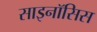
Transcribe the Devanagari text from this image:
साइनॉसिस